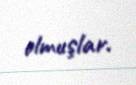
olmuşlar.